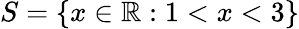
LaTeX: S=\{ x\in\mathbb{R}:1<x<3\}